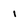
Character: 1